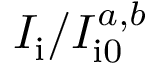
I _ { \mathrm { i } } / I _ { \mathrm { i 0 } } ^ { a , b }